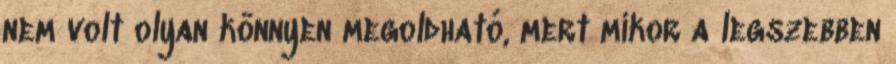
nem volt olyan könnyen megoldható, mert mikor a legszebben